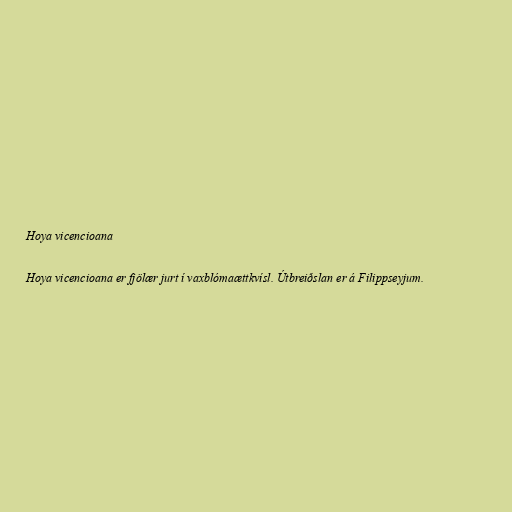
Hoya vicencioana

Hoya vicencioana er fjölær jurt í vaxblómaættkvísl. Útbreiðslan er á Filippseyjum.